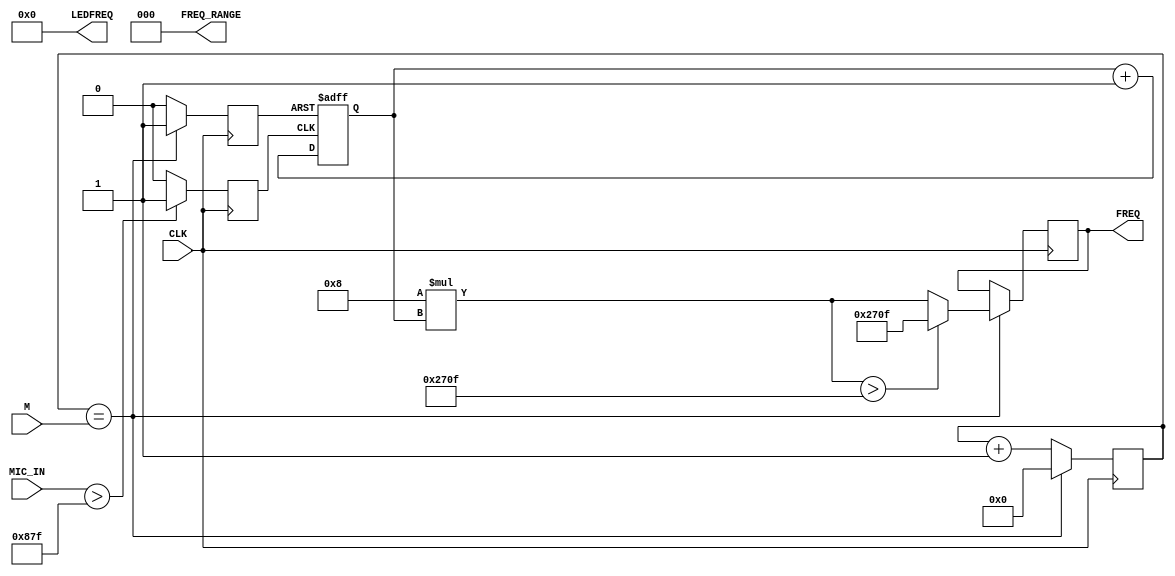
`timescale 1ns / 1ps
//////////////////////////////////////////////////////////////////////////////////
// Company: 
// Engineer: 
// 
// Design Name: 
// Module Name: mic_freq
// Project Name: 
// Target Devices: 
// Tool Versions: 
// Description: 
// 
// Dependencies: 
// 
// Revision:
// Revision 0.01 - File Created
// Additional Comments:
// 
//////////////////////////////////////////////////////////////////////////////////

module mic_freq(input CLK, input [11:0] MIC_IN, output reg [15:0] LEDFREQ = 0,output reg [31:0]FREQ = 0,
    input [31:0] M, output reg [2:0] FREQ_RANGE = 0);
    reg [31:0] COUNTER = 0;
    reg SOUNDPERIOD = 0;
    reg [31:0] SOUNDCOUNTER = 0;
    reg SOUNDRESET = 0;
    always @ (posedge CLK) 
    begin
        COUNTER <= COUNTER +1;
        SOUNDRESET = 0;
        if(MIC_IN > 2175) begin
            SOUNDPERIOD <= 1;
        end else begin
            SOUNDPERIOD <= 0;            
        end
        if(COUNTER == M)
        begin
            COUNTER <= 0;
            FREQ = 8 * SOUNDCOUNTER;
            SOUNDRESET = 1;
            if (FREQ > 9999) FREQ = 9999;
        end
    end
    
    always @ (posedge SOUNDPERIOD, posedge SOUNDRESET)
    begin
        if (SOUNDRESET == 1)
            SOUNDCOUNTER <= 0;
        else 
            SOUNDCOUNTER <= SOUNDCOUNTER + 1;
    end
    /*
    always @ (posedge SOUNDPERIOD)
    begin
        FREQ_PERIOD = 1000000000 / COUNTER_PERIOD;
        COUNTER_PERIOD = 0;
    end
    */
endmodule